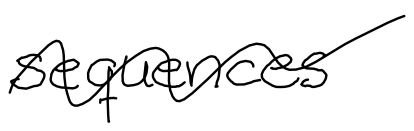
Text: sequences
Cross-out: wave
Writing tool: digital_black